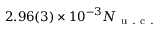
2 . 9 6 ( 3 ) \times 1 0 ^ { - 3 } N _ { \mathrm { ~ u ~ . ~ c ~ . ~ } }